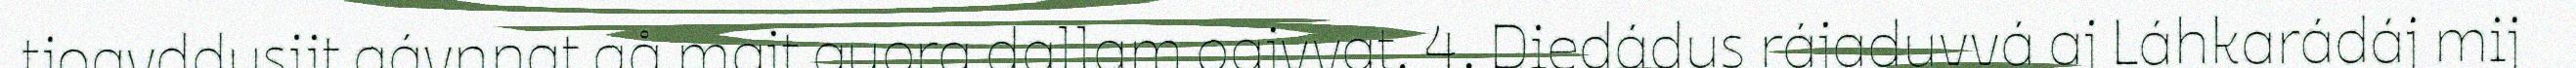
tjoavddusijt gávnnat gå majt guora dallam oajvvat. 4. Diedádus rájaduvvá aj Láhkarádáj mij